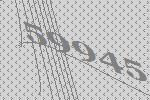
59945